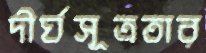
দীর্ঘসূত্রতার